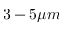
3 - 5 \mu m